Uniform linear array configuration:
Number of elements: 12
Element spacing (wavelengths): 0.25
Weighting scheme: cosine
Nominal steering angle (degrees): -15
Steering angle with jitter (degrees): -13.779
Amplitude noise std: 0.05
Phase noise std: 0.05

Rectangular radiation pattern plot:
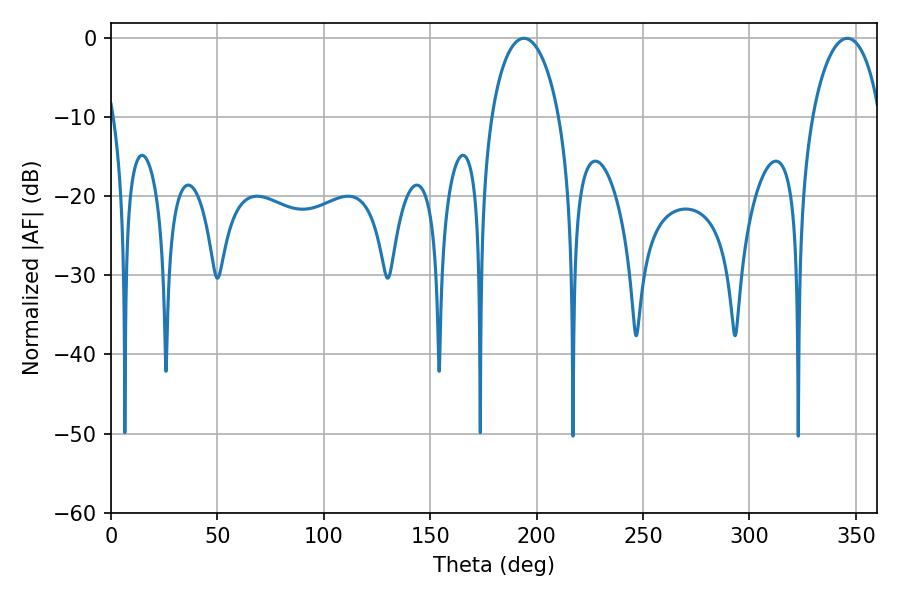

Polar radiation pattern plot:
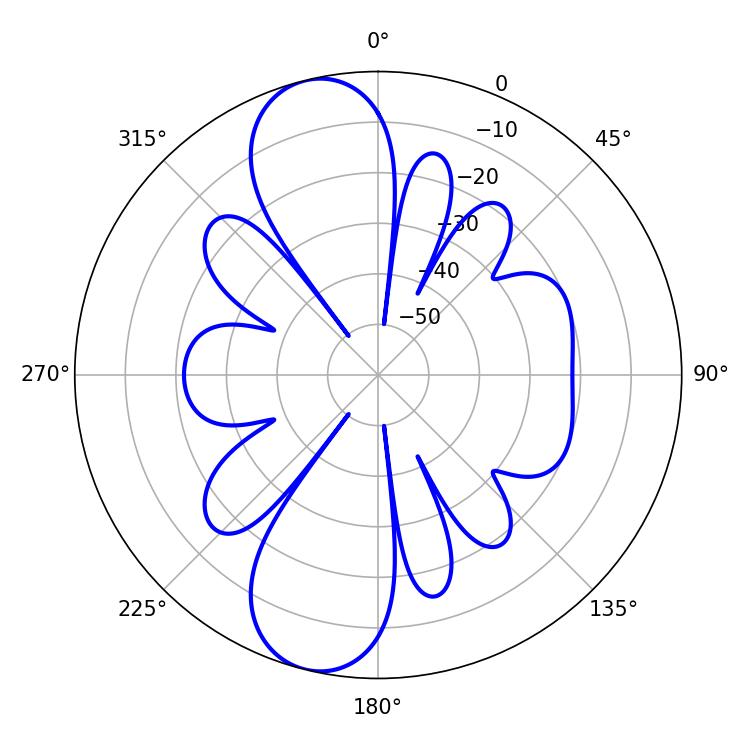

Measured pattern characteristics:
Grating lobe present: FALSE
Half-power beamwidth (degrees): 18.36
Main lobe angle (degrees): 194.04